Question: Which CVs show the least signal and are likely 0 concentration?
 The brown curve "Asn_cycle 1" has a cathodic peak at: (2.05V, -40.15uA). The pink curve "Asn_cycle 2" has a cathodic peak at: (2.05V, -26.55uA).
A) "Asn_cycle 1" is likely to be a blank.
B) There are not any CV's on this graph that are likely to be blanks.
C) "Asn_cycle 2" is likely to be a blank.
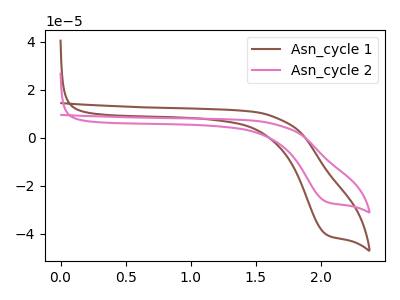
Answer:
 <answer>B) There are not any CV's on this graph that are likely to be blanks.</answer>
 <eval>B</eval>